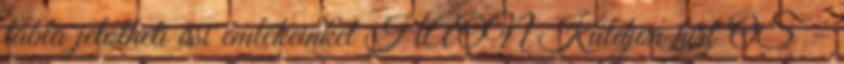
tábla jelölheti ősi emlékeinket HAON Küldjön hírt OS –